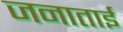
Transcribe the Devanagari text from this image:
जनाताई